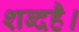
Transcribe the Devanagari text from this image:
शब्दहै।